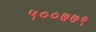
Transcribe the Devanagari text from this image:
५००७७९